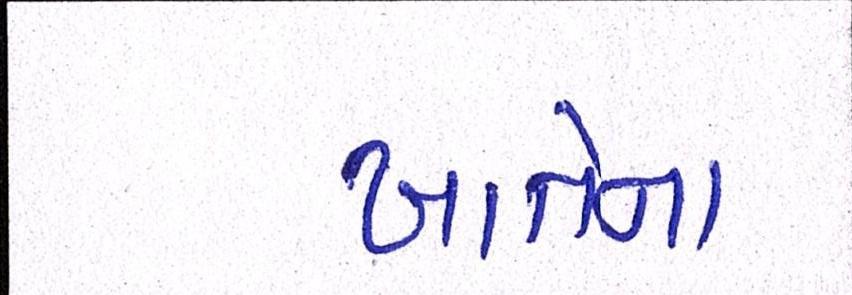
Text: ખાતેના